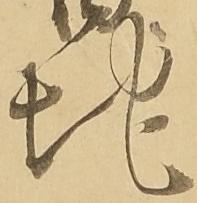
地